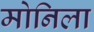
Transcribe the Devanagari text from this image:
मोनिला